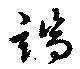
端